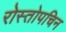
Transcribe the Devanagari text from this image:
रोस्तोपचिन